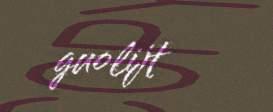
guolijt